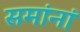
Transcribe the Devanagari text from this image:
समांनां